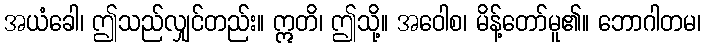
အယံခေါ၊ ဤသည်လျှင်တည်း။ ဣတိ၊ ဤသို့။ အဝေါစ၊ မိန့်တော်မူ၏။ ဘောဂါတမ၊